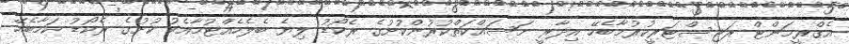
އެގްރީމަންޓް ރަޖިސްޓަރީކުރުމާބެހޭ އިދާރީ މަސައްކަތްކުރުންކުށުގެ ރެކޯޑު ލިޔެ ބެލެހެއްޓުމާއެކު ކުށުގެ ރެކޯޑު ކަމާބެހޭ